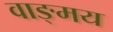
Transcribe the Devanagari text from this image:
वाङ्‍मय